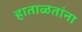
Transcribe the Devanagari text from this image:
हाताळतांना